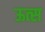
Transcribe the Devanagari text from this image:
ऊत्स